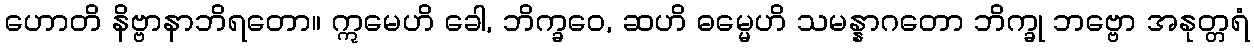
ဟောတိ နိဗ္ဗာနာဘိရတော။ ဣမေဟိ ခေါ, ဘိက္ခဝေ, ဆဟိ ဓမ္မေဟိ သမန္နာဂတော ဘိက္ခု ဘဗ္ဗော အနုတ္တရံ